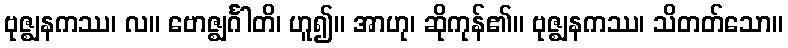
ဗုဇ္ဈနကဿ၊ လ။ ဗောဇ္ဈင်္ဂါတိ၊ ဟူ၍။ အာဟု၊ ဆိုကုန်၏။ ဗုဇ္ဈနကဿ၊ သိတတ်သော။